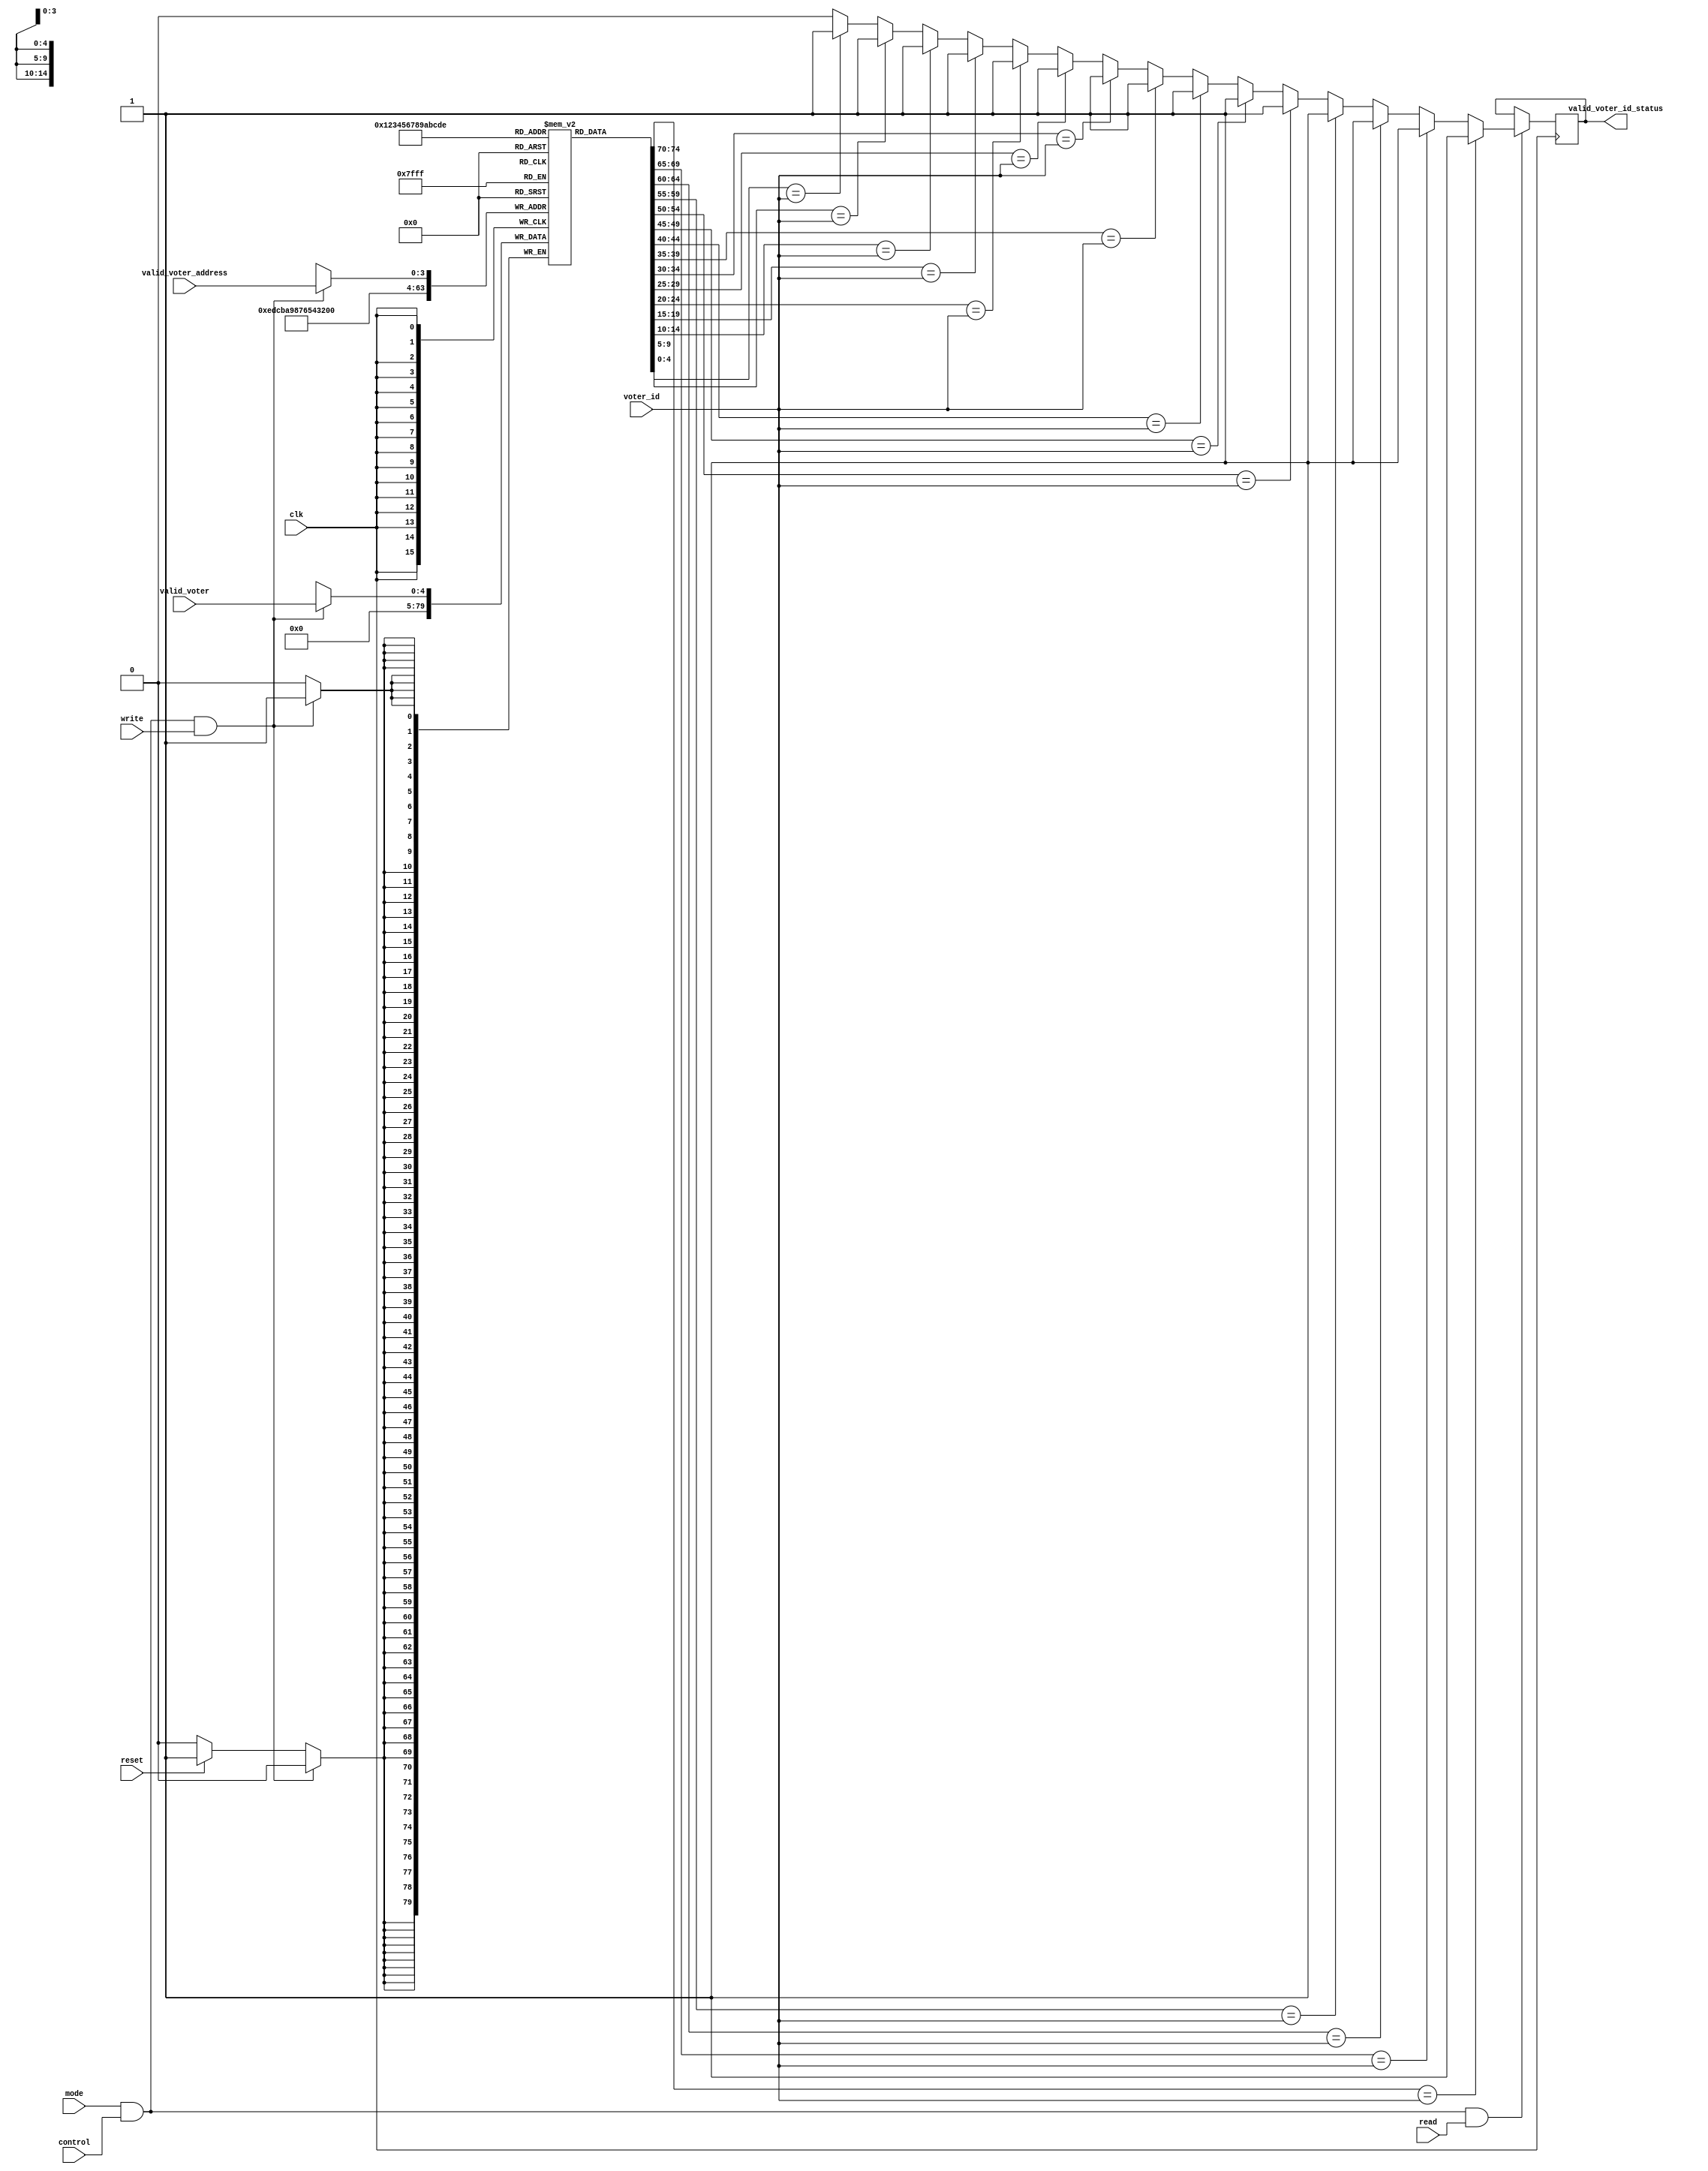
module DATABASE_ID_VALID_MODULE 
#(
parameter WORD_SIZE = 5,
          ADDRESS_SIZE = 4
)
(
input clk, 
input reset, 
input mode, 
input control, 
input read, 
input write, 
input [WORD_SIZE-1:0] valid_voter, 
input [WORD_SIZE-1:0]voter_id,
input [ADDRESS_SIZE-1:0] valid_voter_address,
output reg valid_voter_id_status
);

// read_write = 1 write      

reg [WORD_SIZE-1:0] MEM [2**ADDRESS_SIZE-1:0];

//storing valid voter id who has given vote for one time

always @(posedge clk)
begin
   if (mode==1'b1 && control==1'b1 && write==1'b1)
	   MEM[valid_voter_address] <= valid_voter;
   else if(reset==1'b1)
      begin
         MEM[0]=0; MEM[1]=0; MEM[2]=0; MEM[3]=0; MEM[4]=0; MEM[5]=0; MEM[6]=0; MEM[7]=0; 
         MEM[8]=0; MEM[9]=0; MEM[10]=0; MEM[11]=0; MEM[12]=0; MEM[13]=0; MEM[14]=0;
      end
end

//verfing if voter have given votes

always@(posedge clk)
   if ( mode==1'b1 && control == 1'b1 && read==1'b1)
   begin
	             if (MEM[0]  == voter_id) valid_voter_id_status <= 1'b1;
		else if (MEM[1]  == voter_id) valid_voter_id_status <= 1'b1;
		else if (MEM[2]  == voter_id) valid_voter_id_status <= 1'b1;
		else if (MEM[3]  == voter_id) valid_voter_id_status <= 1'b1;
		else if (MEM[4]  == voter_id) valid_voter_id_status <= 1'b1;
		else if (MEM[5]  == voter_id) valid_voter_id_status <= 1'b1;
		else if (MEM[6]  == voter_id) valid_voter_id_status <= 1'b1;
		else if (MEM[7]  == voter_id) valid_voter_id_status <= 1'b1;
		else if (MEM[8]  == voter_id) valid_voter_id_status <= 1'b1;
		else if (MEM[9]  == voter_id) valid_voter_id_status <= 1'b1;
		else if (MEM[10] == voter_id) valid_voter_id_status <= 1'b1;
		else if (MEM[11] == voter_id) valid_voter_id_status <= 1'b1;
		else if (MEM[12] == voter_id) valid_voter_id_status <= 1'b1;
		else if (MEM[13] == voter_id) valid_voter_id_status <= 1'b1;
		else if (MEM[14] == voter_id) valid_voter_id_status <= 1'b1;
		else                          valid_voter_id_status <= 1'b0;
   end

endmodule